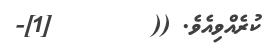
ކުރެއްވިއެވެ. ((        [1]-